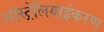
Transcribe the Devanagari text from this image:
ऑस्ट्रेलियाईकरण